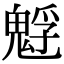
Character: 𩳎